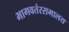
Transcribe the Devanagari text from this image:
भागवतंरसमालय